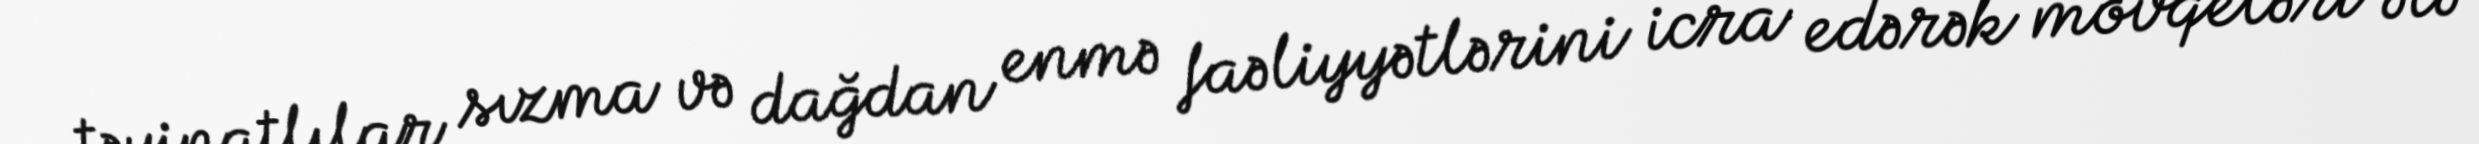
təyinatlılar sızma və dağdan enmə faəliyyətlərini icra edərək mövqeləri ələ